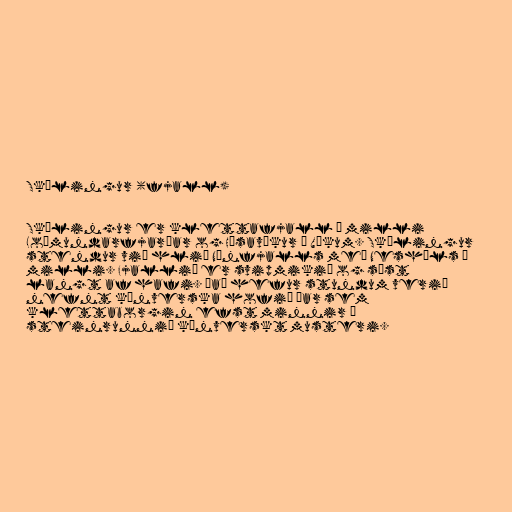
Skælingur (fjall)

Skælingur er kletta­fjall á milli
Loðmundarfjarðar og Húsavíkur í Víkum. Skælingur
stendur við hlið Nónfjalls með Nes­háls á
milli. Fjallið er svip­mik­ið og sést
langt af hafi. Það hefur stundum verið
nefnt kínverska hofið þar sem
klettaborgin efst minnir á
steinrunnið kínverskt musteri.